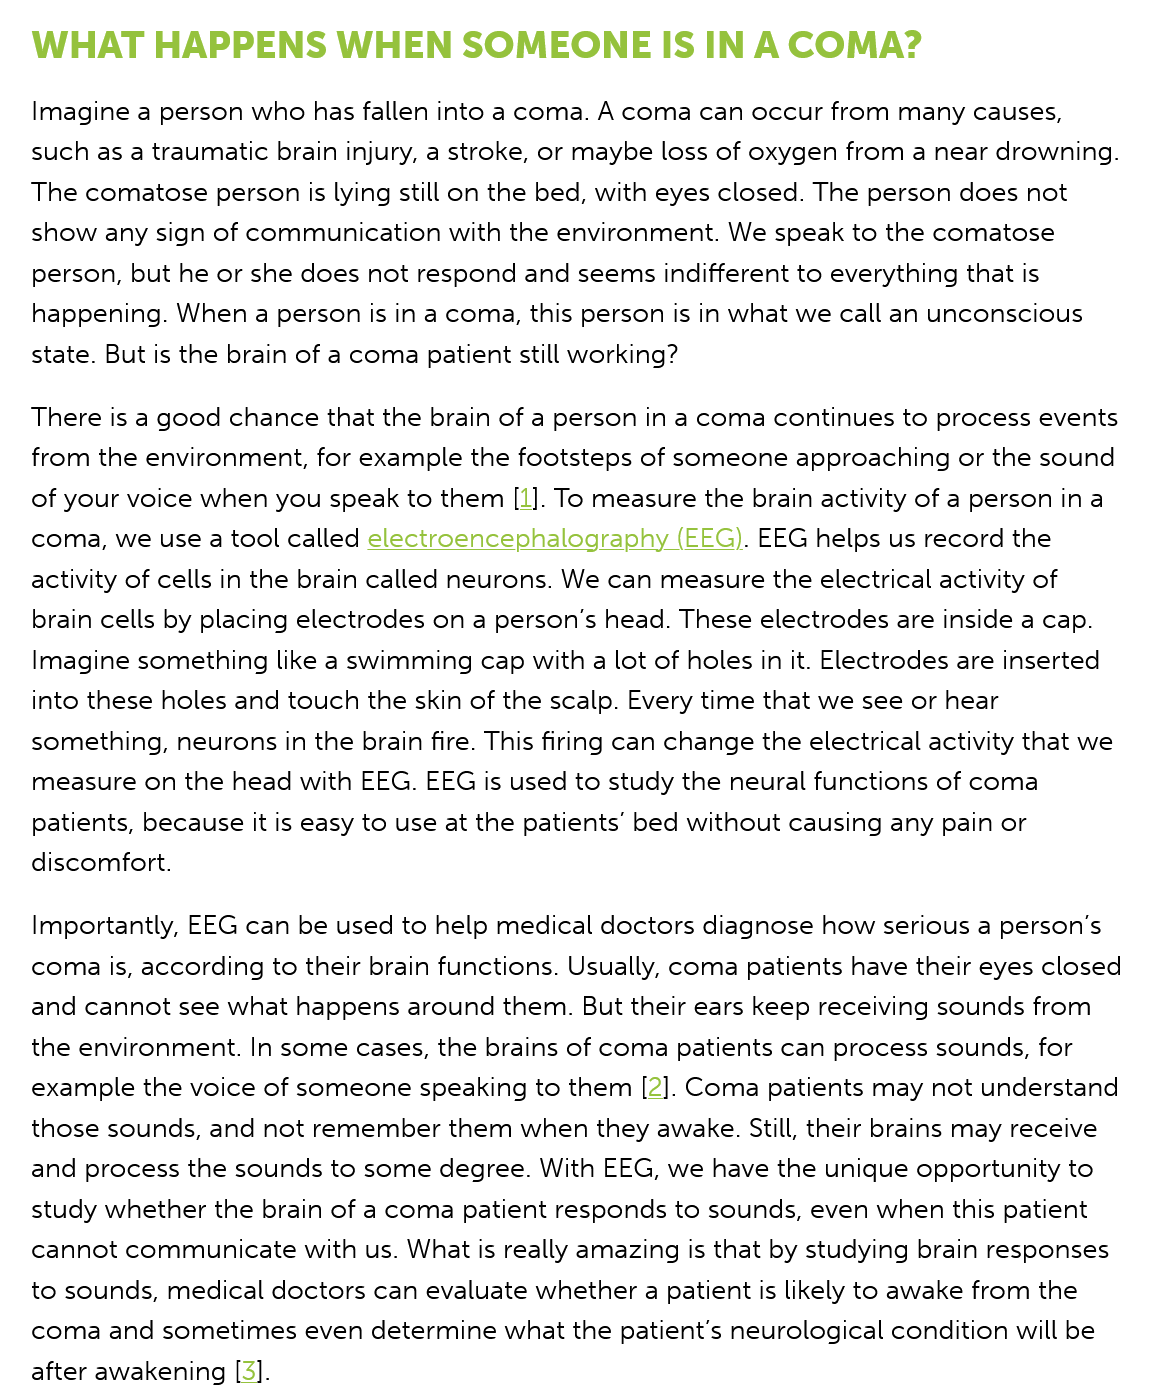
WHAT    HAPPENS    WHEN    SOMEONE    IS    IN A COMA?
   Imagine a person who has fallen into a coma. A coma can occur from many causes,
   such as a traumatic brain injury, a stroke, or maybe loss of oxygen from a near drowning.
   The comatose person is lying still on the bed, with eyes closed. The person does not
   show any sign of communication with the environment. We speak to the comatose
   person, but he or she does not respond and seems indifferent to everything that is
   happening. When a person is in a coma, this person is in what we call an unconscious
   state. But is the brain of a coma patient still working?
   There is a good chance that the brain of a person in a coma continues to process events
   from the environment, for example the footsteps of someone approaching or the sound
   of your voice when you speak to them [1]. To measure the brain activity of a person ina
   coma, we use a tool called electroencephalography (EEG). EEG helps us record the
   activity of cells in the brain called neurons. We can measure the electrical activity of
   brain cells by placing electrodes on a person's head. These electrodes are inside a cap.
   Imagine something like a swimming cap with a lot of holes in it. Electrodes are inserted
   into these holes and touch the skin of the scalp. Every time that we see or hear
   something, neurons in the brain fire. This firing can change the electrical activity that we
   measure on the head with EEG. EEG is used to study the neural functions of coma
   patients, because it is easy to use at the patients’ bed without causing any pain or
   discomfort.
   Importantly, EEG can be used to help medical doctors diagnose how serious a person's
   coma is, according to their brain functions. Usually, coma patients have their eyes closed
   and cannot see what happens around them. But their ears keep receiving sounds from
   the environment. In some cases, the brains of coma patients can process sounds, for
   example the voice of someone speaking to them [2]. Coma patients may not understand
   those sounds, and not remember them when they awake. Still, their brains may receive
   and process the sounds to some degree. With EEG, we have the unique opportunity to
   study whether the brain of a coma patient responds to sounds, even when this patient
   cannot communicate  with us. What is really amazing is that by studying brain responses
   to sounds, medical doctors can evaluate whether a patient is likely to awake from the
   coma and sometimes  even determine what the patient's neurological condition will be
   after awakening [3].